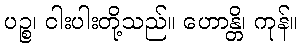
ပဉ္စ၊ ငါးပါးတို့သည်။ ဟောန္တိ၊ ကုန်။